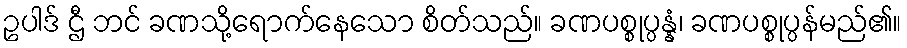
ဥပါဒ် ဌီ ဘင် ခဏသို့ရောက်နေသော စိတ်သည်။ ခဏပစ္စုပ္ပန္နံ၊ ခဏပစ္စုပ္ပန်မည်၏။